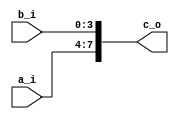
`timescale 1ns / 1ps
//////////////////////////////////////////////////////////////////////////////////
// Company: 
// Engineer: 
// 
// Design Name: 
// Module Name: 2Conc
// Project Name: 
// Target Devices: 
// Tool Versions: 
// Description: 
// 
// Dependencies: 
// 
// Revision:
// Revision 0.01 - File Created
// Additional Comments:
// 
//////////////////////////////////////////////////////////////////////////////////


module T_Conc(
    input [3:0]a_i,
    input [3:0]b_i,
    output [7:0] c_o
    );
    
    assign c_o={a_i,b_i};
    
endmodule